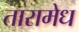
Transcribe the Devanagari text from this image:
तारामेध